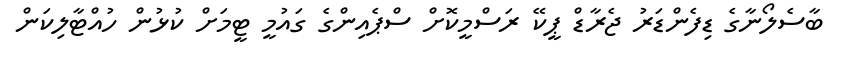
ބާސެލޯނާގެ ޑިފެންޑަރު ޖެރާޑް ޕީކޭ ރަސްމީކޮށް ސްޕެއިންގެ ގައުމީ ޓީމަށް ކުޅުން ހުއްޓާލިކަން